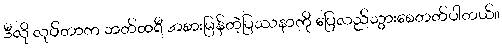
ဒီလို လုပ်တာက ဘတ်ထရီ အစားမြန်တဲ့ပြဿနာကို ပြေလည်သွားစေတတ်ပါတယ်။